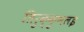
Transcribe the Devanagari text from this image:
तिरुक्कुभलइ